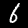
Digit: 6